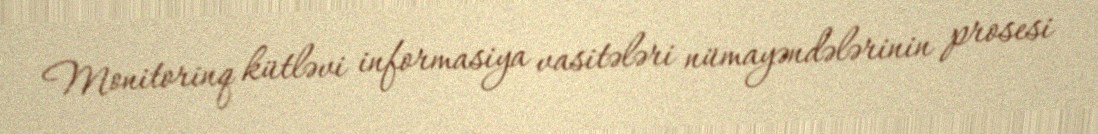
Monitorinq kütləvi informasiya vasitələri nümayəndələrinin prosesi